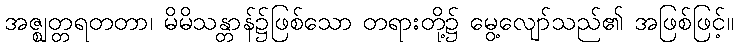
အဇ္ဈတ္တရတတာ၊ မိမိသန္တာန်၌ဖြစ်သော တရားတို့၌ မွေ့လျော်သည်၏ အဖြစ်ဖြင့်။